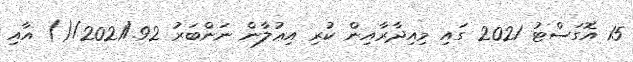
15 އޮގަސްޓު 2021 ގައި މިއިދާރާއިން ކުރި އިޢުލާން ނަންބަރު 92./2021/() އާއި